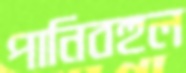
পানিবহুল